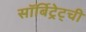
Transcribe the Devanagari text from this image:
सॉर्बिट्रेट्ची